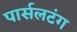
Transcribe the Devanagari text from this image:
पार्सलटंग